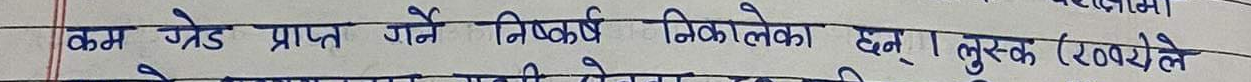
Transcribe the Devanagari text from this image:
कम ग्रेड प्राप्त गर्ने निष्कर्ष निकालेका छन्। लुस्क (२० वयेले